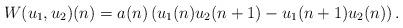
LaTeX: \begin{align*} W(u_1,u_2)(n)=a(n)\left(u_1(n)u_2(n+1)-u_1(n+1)u_2(n)\right). \end{align*}